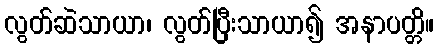
လွတ်ဆဲသာယာ၊ လွတ်ပြီးသာယာ၍ အနာပတ္တိ။